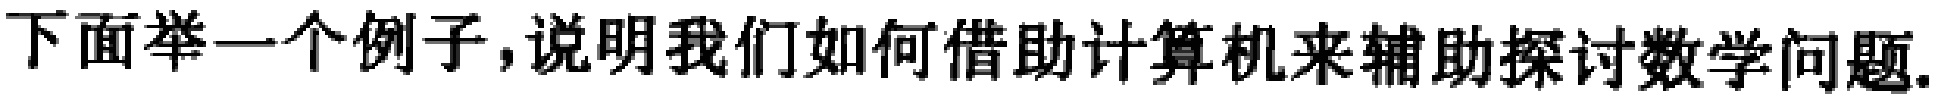
下面举一个例子,说明我们如何借助计算机来辅助探讨数学问题.